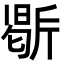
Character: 𭤥